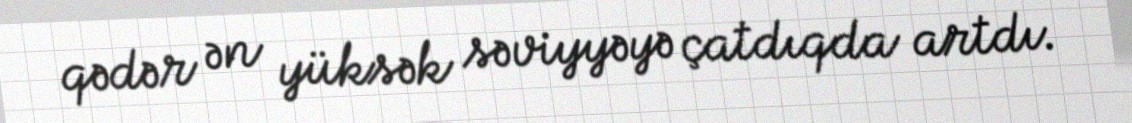
qədər ən yüksək səviyyəyə çatdıqda artdı.